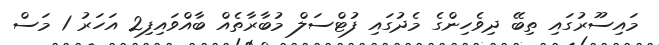
މައިސޫރުގައި ތިބޭ ދިވެހިންގެ މެދުގައި ފުޓްސަލް މުބާރާތެއް ބާއްވައިފި2 އަހަރު 1 މަސް